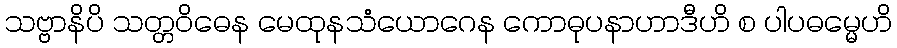
သဗ္ဗာနိပိ သတ္တဝိဓေန မေထုနသံယောဂေန ကောဓုပနာဟာဒီဟိ စ ပါပဓမ္မေဟိ